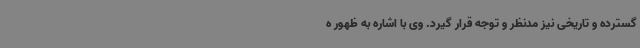
گسترده و تاریخی نیز مدنظر و توجه قرار گیرد. وی با اشاره به ظهور ه